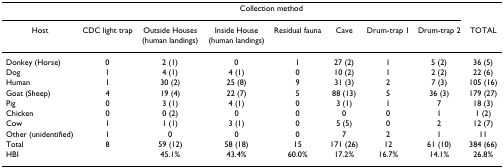
|  | <COLSPAN=7> Collection method |  |
 | Host | CDC light trap | Outside Houses (human landings) | Inside House (human landings) | Residual fauna | Cave | Drum-trap 1 | Drum-trap 2 | TOTAL |
 | --- | --- | --- | --- | --- | --- | --- | --- | --- |
 | Donkey (Horse) | 0 | 2 (1) | 0 | 1 | 27 (2) | 1 | 5 (2) | 36 (5) |
 | Dog | 1 | 4 (1) | 4 (1) | 0 | 10 (2) | 1 | 2 (2) | 22 (6) |
 | Human | 1 | 30 (2) | 25 (8) | 9 | 31 (3) | 2 | 7 (3) | 105 (16) |
 | Goat (Sheep) | 4 | 19 (4) | 22 (7) | 5 | 88 (13) | 5 | 36 (3) | 179 (27) |
 | Pig | 0 | 3 (1) | 4 (1) | 0 | 3 (1) | 1 | 7 | 18 (3) |
 | Chicken | 0 | 0 (2) | 0 | 0 | 0 | 0 | 1 | 1 (2) |
 | Cow | 1 | 1 (1) | 3 (1) | 0 | 5 (5) | 0 | 2 | 12 (7) |
 | Other (unidentified) | 1 | 0 | 0 | 0 | 7 | 2 | 1 | 11 |
 | Total | 8 | 59 (12) | 58 (18) | 15 | 171 (26) | 12 | 61 (10) | 384 (66) |
 | HBI |  | 45.1% | 43.4% | 60.0% | 17.2% | 16.7% | 14.1% | 26.8% |